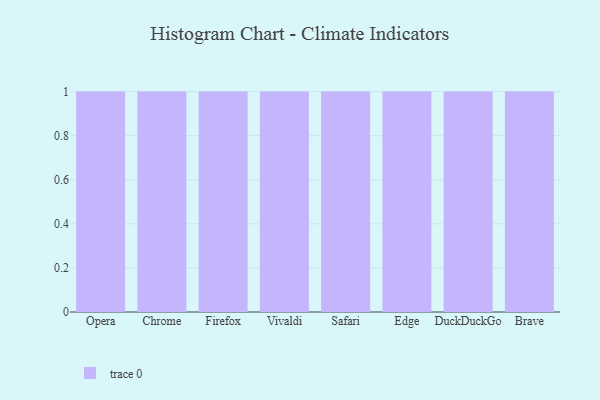
{"axis": {"x": "Browser", "y": "Demand Index"}, "legend": [""], "data": [{"x": "Opera", "y": 1, "type": ""}, {"x": "Chrome", "y": 47, "type": ""}, {"x": "Firefox", "y": 16, "type": ""}, {"x": "Vivaldi", "y": 6, "type": ""}, {"x": "Safari", "y": 84, "type": ""}, {"x": "Edge", "y": 37, "type": ""}, {"x": "DuckDuckGo", "y": 38, "type": ""}, {"x": "Brave", "y": 77, "type": ""}]}